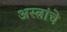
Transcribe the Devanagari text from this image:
अस्त्रांचे